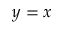
y = x